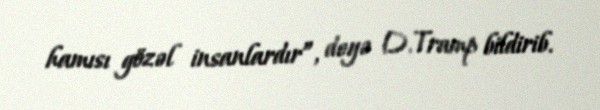
hamısı gözəl insanlardır”, deyə D.Tramp bildirib.